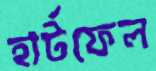
হার্টফেল